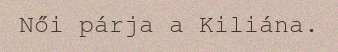
Női párja a Kiliána.